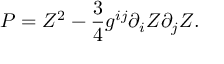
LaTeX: P = Z ^ { 2 } - { \frac { 3 } { 4 } } g ^ { i j } \partial _ { i } Z \partial _ { j } Z .